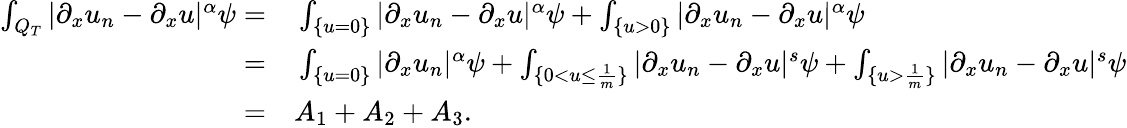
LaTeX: \begin{array}{rl}{\int_{Q_{T}}|\partial_{x}u_{n}-\partial_{x}u|^{\alpha}\psi=}&{{}\int_{\{ u=0\} }|\partial_{x}u_{n}-\partial_{x}u|^{\alpha}\psi+\int_{\{ u>0\} }|\partial_{x}u_{n}-\partial_{x}u|^{\alpha}\psi}\\ {=}&{{}\int_{\{ u=0\} }|\partial_{x}u_{n}|^{\alpha}\psi+\int_{\{ 0<u\leq\frac{1}{m}\} }|\partial_{x}u_{n}-\partial_{x}u|^{s}\psi+\int_{\{ u>\frac{1}{m}\} }|\partial_{x}u_{n}-\partial_{x}u|^{s}\psi}\\ {=}&{{}A_{1}+A_{2}+A_{3}.}\end{array}